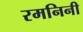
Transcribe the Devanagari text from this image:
रमनिनी